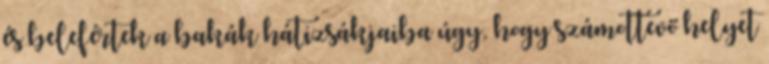
és belefértek a bakák hátizsákjaiba úgy, hogy számottevő helyet